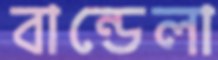
বান্ডেলা